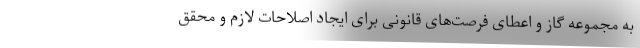
به مجموعه گاز و اعطای فرصت‌های قانونی برای ایجاد اصلاحات لازم و محقق